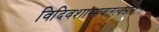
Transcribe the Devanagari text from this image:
विदिवशाम्भवतत्वसारः।